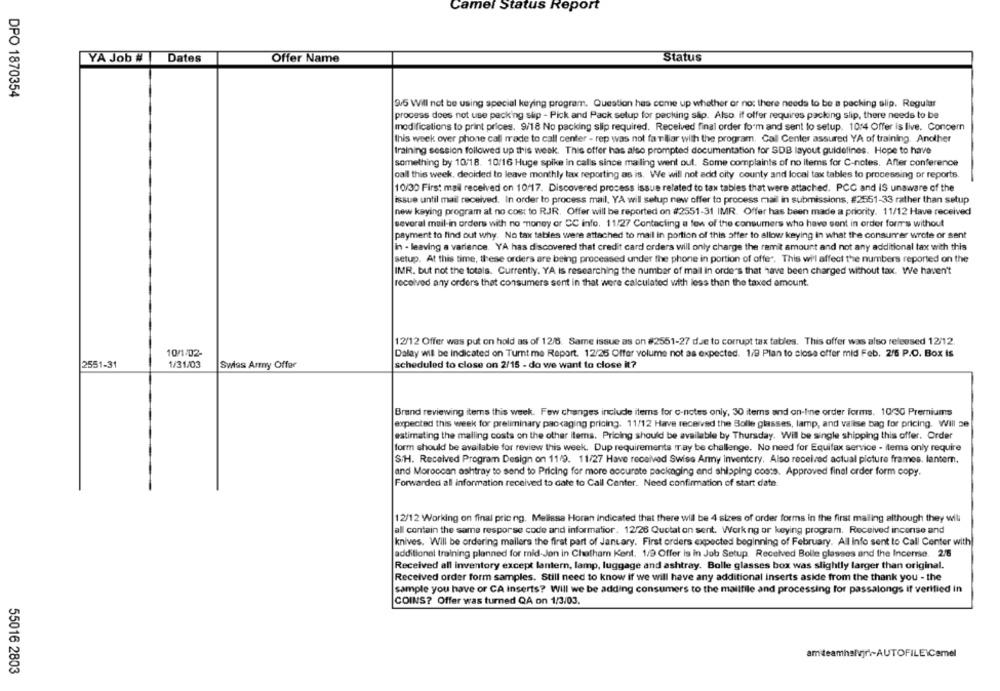
Camel Status Report
YA Job #
Dates
Offer Name
Status
DPO 1870354
9/5 Will not be using special keying program. Question has come up whether or no: there needs to be a packing slip. Regular
process does not use packing slip - Pick and Pack setup for packing slip. Also, if offer requires packing slip, there needs to be
modifications to print prices. 9/18 No packing slip required. Received final order form and sent to setup. 10:4 Offer is live. Concern
this week over phone call made to call center - rep was not far iliar with the program. Call Center assured YA of training. Another
training session followed up this week. This offer has also prompted documentation for SDB layout guidelines. Hope to have
something by 10/18. 10/16 Huge spike in calls since mailing went out. Some complaints of no items for C-notes. After conference
call this week, decided to leave monthly tax reporting as is. We will not add city county and local tax tables to processing or reports.
10/30 First mail received on 10/17. Discovered process issue related to tax tables that were attached. PCC and IS unaware of the
issue until mail received. In order to process mail, YA will setup new offer to process mail in submissions, #2551-33 rather than setup
new keying program at no cost to RJR. Offer will be reported on #2551-31 IMR. Offer has been made a priority. 11/12 Have received
several muil-in orders with no "money or CC info. 11/27 Contacting a few of the consumers who have sent in order form's without
payment to find out why. No tax tables were attached to mail in portion of this offer to allow keying in what the consumer wrote or sent
in - leaving a variance. YA has discovered that credit card orders will only charge the remit amount and not any additional tax with this
setup. At this time, these orders are being processed under the phone in portion of offer. This wi'l affect the numbers reported on the
IMR. but not the totals. Currently. YA is researching the number of mail in orde's that have been charged without tax. We haven't
received any orders that consumers sent in that were calculated with less than the taxed amount.
12/12 Offer was put on hold as of 12/6. Same issue as on #2551-27 due to corrupt tax tables. This offer was also released 12/12.
10/1/02-
Dalay wil be indicated on Turnt me Report. 12/25 Offer volume not as expected. 1/9 Plan to close offer mid Feb. 2/6 P.O. Box Is
2551-31
1/31/03
Swiss Army Offer
scheduled to close on 2/15 - do we want to close it?
Brand reviewing items this week. Few changes include items for c-notes only, 30 items and on-line order forms. 10/30 Premiums
expected this week for preliminary packaging pricing. 11/12 Have received the Bolle glasses, lamp, and valise bag for pricing. Will 20
estimating the malling costs on the other items. Pricing should be available by Thursday. Will be single shipping this offer. Order
form should be available for review this week. Dup requirements may be challenge. No need for Equifax service - items only require
S/H. Received Program Design on 11/9. 11/27 Have received Swiss Army Inventory. Also received actual picture frames. lantern,
and Moroccan ashtray to send to Pricing for more accurate packaging and shipping costs. Approved final order form copy.
Forwarded all information received to date to Call Center. Need confirmation of start date
12/12 Working on final pricing. Mellesa Horan indicated that there will be 4 sizes of order forms in the first mailing although they will
all contain the same resporse code and information. 12/26 Quotat on sent. Working or keying program. Received incense and
knives. Will be ordering mallers the first part of January. First orders expected beginning of February. All Info sent to Call Center with
additional training planned for mid-Jon in Chatham Kent. 1/9 Offer is in Job Setup. Received Bolle glasses and the Incerre. 2/8
Received all inventory except lantern, lamp, luggage and ashtray. Bolle glasses box was slightly larger than original.
Received order form samples. Still need to know if we will have any additional inserts aside from the thank you - the
sample you have or CA inserts? Will we be adding consumers to the mailfile and processing for passalongs if verified in
COINS? Offer was turned QA on 1/3/03.
amiteamhalvjr .- AUTOFILE\Camel
55016 2803